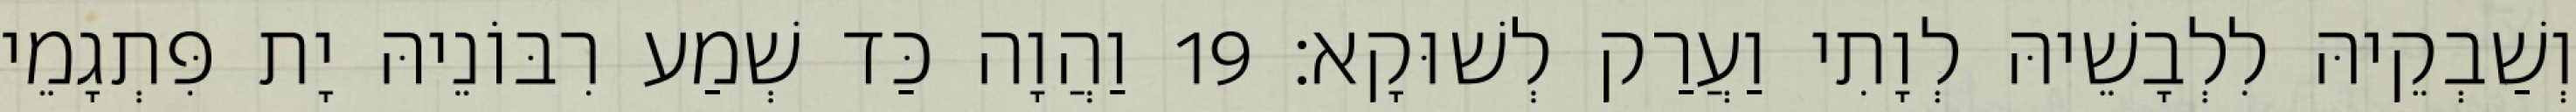
וְשַׁבְקֵיהּ לִלְבָשֵׁיהּ לְוָתִי וַעֲרַק לְשׁוּקָא׃ 19 וַהֲוָה כַּד שְׁמַע רִבּוֹנֵיהּ יָת פִּתְגָמֵי